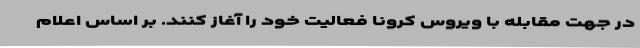
در جهت مقابله با ویروس کرونا فعالیت خود را آغاز کنند. بر اساس اعلام